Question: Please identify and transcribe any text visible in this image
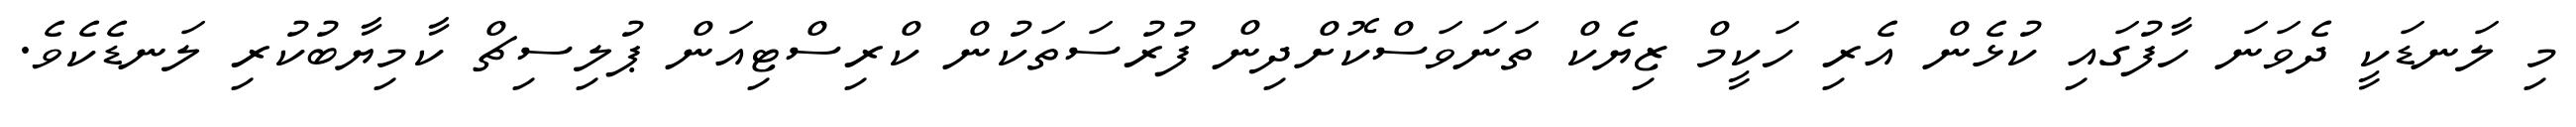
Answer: މި ލަނޑަކީ ދެވަނަ ހާފުގައި ކުޅެން އެރި ހަކީމް ޒިޔެކް ތަނަވަސްކޮށްދިން ފުރުސަތަކުން ކްރިސްޓިއަން ޕުލިސިޗް ކާމިޔާބުކުރި ލަނޑެކެވެ.